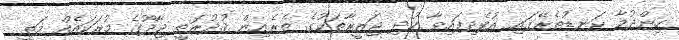
ހިންދުމާ ކަނޑުތެރޭގައި އުފެދިފައިވާ ކުދި ޖަޒީރާތަކުގެ ތެރެއިން ޤުދުރަތީ ޖާދޫގެ މުރަކައެއް މަތީ